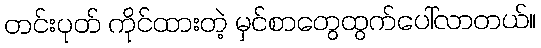
တင်းပုတ် ကိုင်ထားတဲ့ မှင်စာတွေထွက်ပေါ်လာတယ်။